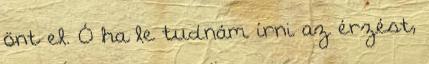
önt el. Ó ha le tudnám írni az érzést,